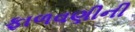
ફાળવણીની